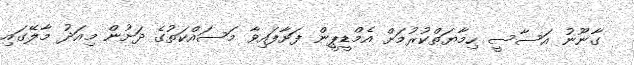
ގާނޫނު އަސާސީ ހިމާޔަތްކުރުމަށް އެމްޑީޕީން ފަށާފައިވާ މަސައްކަތުގެ ދަށުން މިއަދު މާލޭގައި